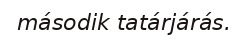
második tatárjárás.